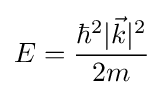
E={\frac {\hbar ^{2}|{\vec {k}}|^{2}}{2m}}